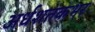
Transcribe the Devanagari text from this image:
अर्धशतकभर